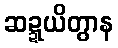
ဆဍ္ဍယိတွာန